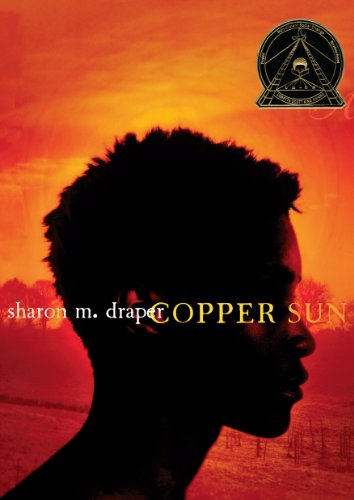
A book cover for Copper Sun; Sharon M. Draper; Teen & Young Adult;